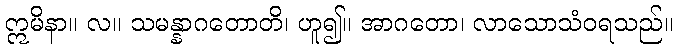
ဣမိနာ။ လ။ သမန္နာဂတောတိ၊ ဟူ၍။ အာဂတော၊ လာသောသံဝရသည်။